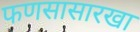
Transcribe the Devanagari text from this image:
फणसासारखा